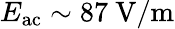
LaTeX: E_{\mathrm{ac}}\sim 87~\mathrm{V/m}